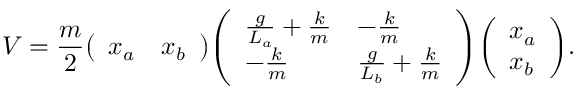
V = { \frac { m } { 2 } } { \left( \begin{array} { l l } { x _ { a } } & { x _ { b } } \end{array} \right) } { \left( \begin{array} { l l } { { \frac { g } { L _ { a } } } + { \frac { k } { m } } } & { - { \frac { k } { m } } } \\ { - { \frac { k } { m } } } & { { \frac { g } { L _ { b } } } + { \frac { k } { m } } } \end{array} \right) } { \left( \begin{array} { l } { x _ { a } } \\ { x _ { b } } \end{array} \right) } .